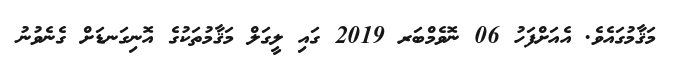
މަޤާމުގައެވެ. އެއަށްފަހު 06 ނޮވެމްބަރ 2019 ގައި ލީގަލް މަޤާމުތަކުގެ އޮނިގަނޑަށް ގެނެވުނު